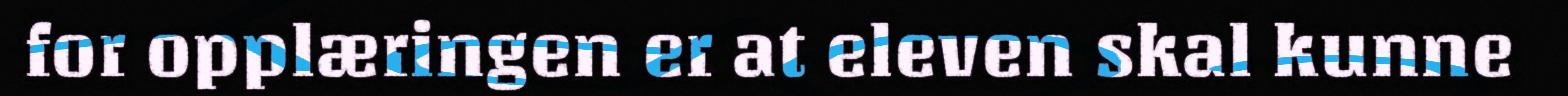
for opplæringen er at eleven skal kunne